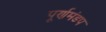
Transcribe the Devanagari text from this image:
पूर्णमंडप